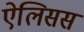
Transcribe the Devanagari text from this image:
ऐलिसस